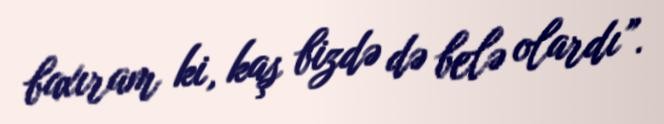
baxıram ki, kaş bizdə də belə olardı”.